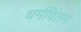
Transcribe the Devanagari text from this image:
धर्मचिंतन